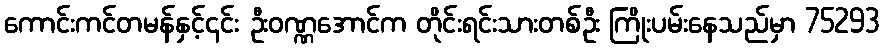
ကောင်းကင်တမန်နှင့်၎င်း ဦးဝဏ္ဏအောင်က တိုင်းရင်းသားတစ်ဦး ကြိုးပမ်းနေသည်မှာ 75293